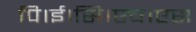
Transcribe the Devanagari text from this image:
पि।ई।सि।एच।एस